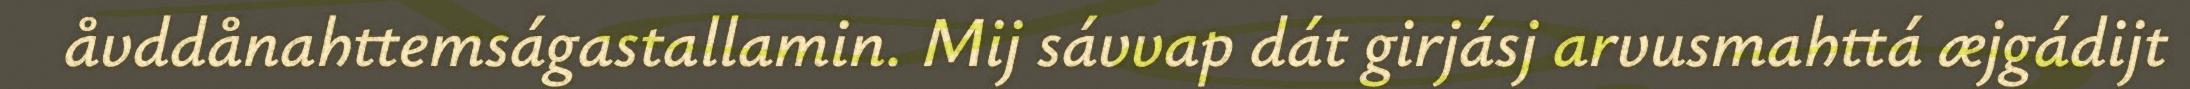
åvddånahttemságastallamin. Mij sávvap dát girjásj arvusmahttá æjgádijt